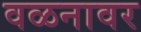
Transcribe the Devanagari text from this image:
वळनावर